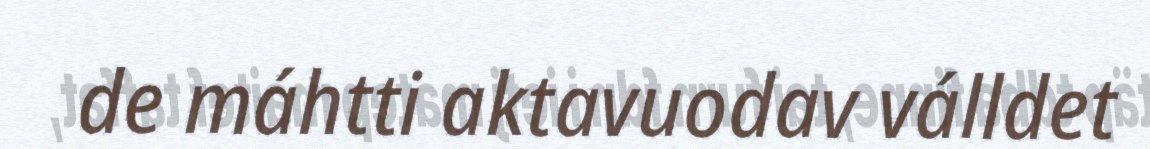
de máhtti aktavuodav válldet